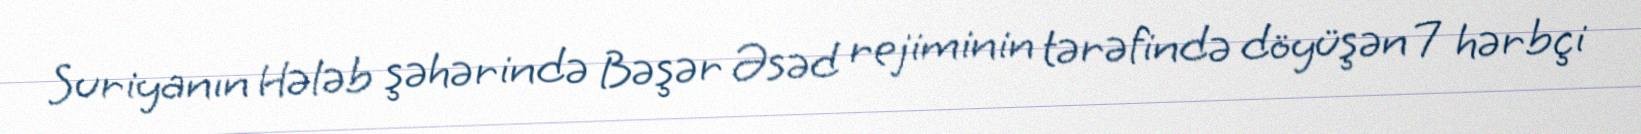
Suriyanın Hələb şəhərində Bəşər Əsəd rejiminin tərəfində döyüşən 7 hərbçi